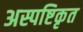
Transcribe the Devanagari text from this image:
अस्पष्टिकृत